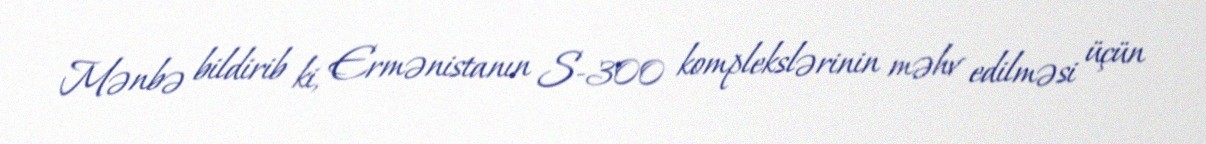
Mənbə bildirib ki, Ermənistanın S-300 komplekslərinin məhv edilməsi üçün